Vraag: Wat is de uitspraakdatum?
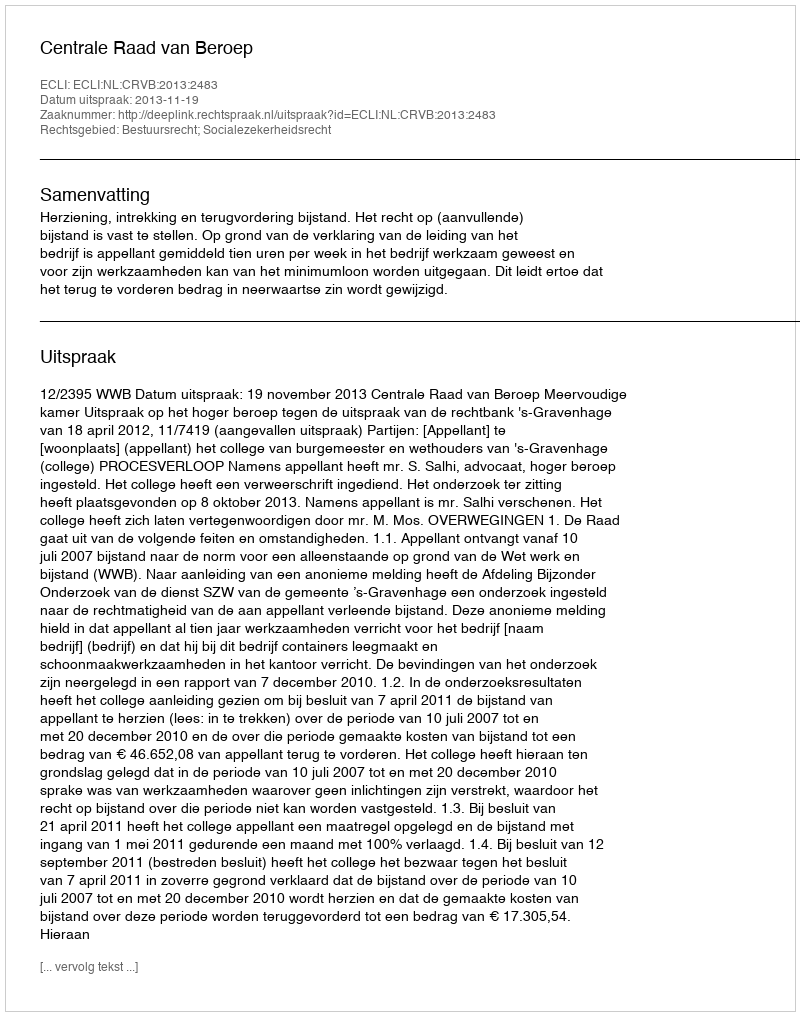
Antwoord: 2013-11-19